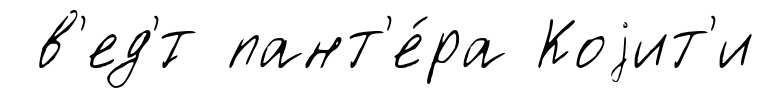
в'ед'́т пант'е́ра Коjит'и